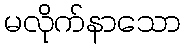
မလိုက်နာသော